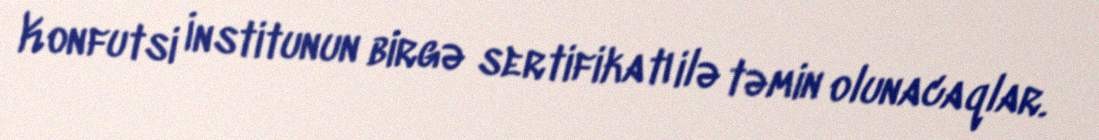
Konfutsi İnstitunun birgə sertifikatı ilə təmin olunacaqlar.